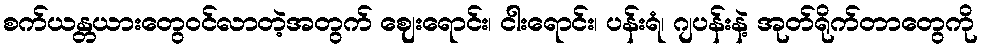
စက်ယန္တယားတွေဝင်လာတဲ့အတွက် ဈေးရောင်း၊ ငါးရောင်း၊ ပန်းရံ၊ ဂျပန်းနဲ့ အုတ်ရိုက်တာတွေကို